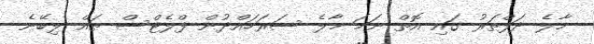
މާލެ ދަފްތަރު ގައި އޮތް ނަމަ މާލެ ސަރަހައްދުން ފްލެޓްސް ތައް ލިބޭނެ